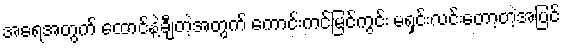
အရေအတွက် ထောင်နဲ့ချီတဲ့အတွက် ကောင်းကင်မြင်ကွင်း မရှင်းလင်းတော့တဲ့အပြင်